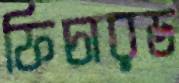
ফিচারড